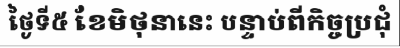
ថ្ងៃទី៥ ខែមិថុនានេះ បន្ទាប់ពីកិច្ចប្រជុំ